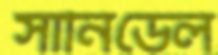
সানিডেল